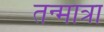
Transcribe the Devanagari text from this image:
तन्मात्रा